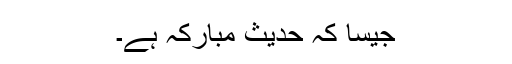
جیسا کہ حدیث مبارکہ ہے۔